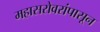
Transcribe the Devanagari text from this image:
महासरोवरांपासून